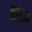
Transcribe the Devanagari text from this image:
फ्यिन